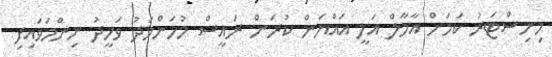
މިނިސްޓަރު ކަމަށް އާމާލް އަލީ އައްޔަން ކުރަން ރައީސް މުހަންމަދު ވަހީދު ނިންމަވައިފި